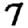
Digit: 7